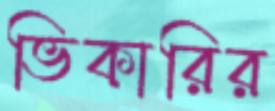
ভিকারির